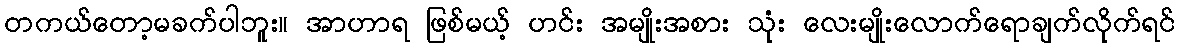
တကယ်တော့မခက်ပါဘူး။ အာဟာရ ဖြစ်မယ့် ဟင်း အမျိုးအစား သုံး လေးမျိုးလောက်ရောချက်လိုက်ရင်